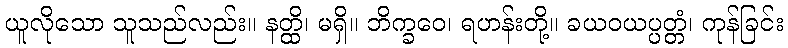
ယူလိုသော သူသည်လည်း။ နတ္ထိ၊ မရှိ။ ဘိက္ခဝေ၊ ရဟန်းတို့။ ခယဝယပ္ပတ္တံ၊ ကုန်ခြင်း